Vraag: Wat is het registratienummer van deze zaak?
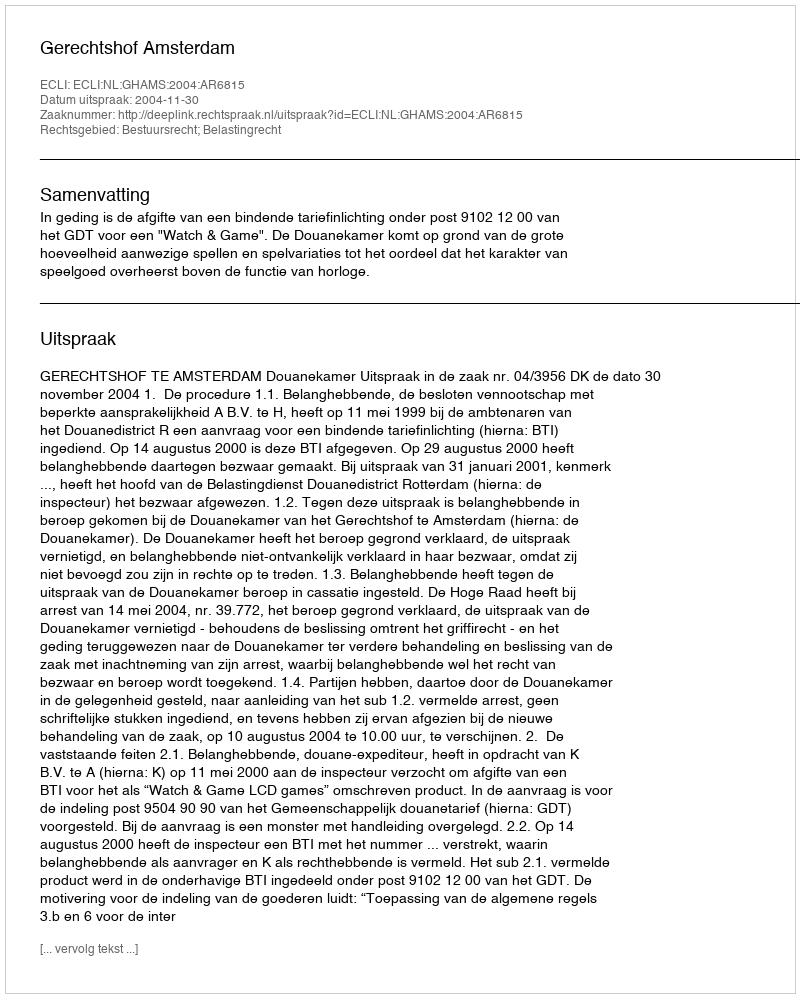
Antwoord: http://deeplink.rechtspraak.nl/uitspraak?id=ECLI:NL:GHAMS:2004:AR6815